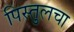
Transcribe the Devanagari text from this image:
पिस्तुलचा